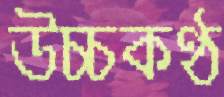
উচ্চকণ্ঠ